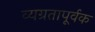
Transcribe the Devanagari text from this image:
व्यग्रतापूर्वक